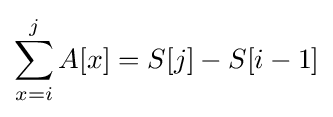
\sum _{x=i}^{j}A[x]=S[j]-S[i-1]